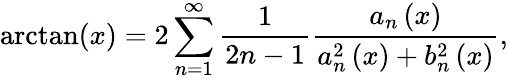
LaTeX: \arctan(x)=2\sum_{n=1}^{\infty}{{\frac{1}{2n-1}}{\frac{{{a}_{n}}\left(x\right)}{a_{n}^{2}\left(x\right)+b_{n}^{2}\left(x\right)}}},